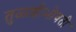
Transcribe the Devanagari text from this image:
तुळशीभोवती